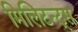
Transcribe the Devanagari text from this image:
मिलिटन्ट्स